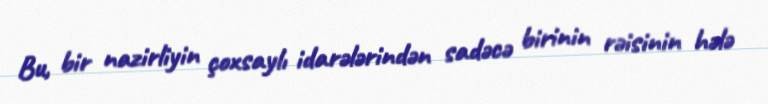
Bu, bir nazirliyin çoxsaylı idarələrindən sadəcə birinin rəisinin hələ